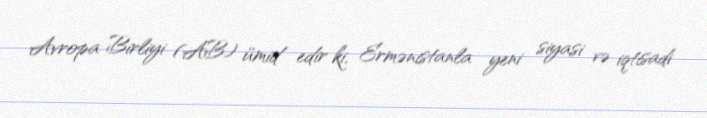
Avropa Birliyi (AB) ümid edir ki, Ermənistanla yeni siyasi və iqtisadi